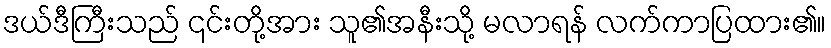
ဒယ်ဒီကြီးသည် ၎င်းတို့အား သူ၏အနီးသို့ မလာရန် လက်ကာပြထား၏။